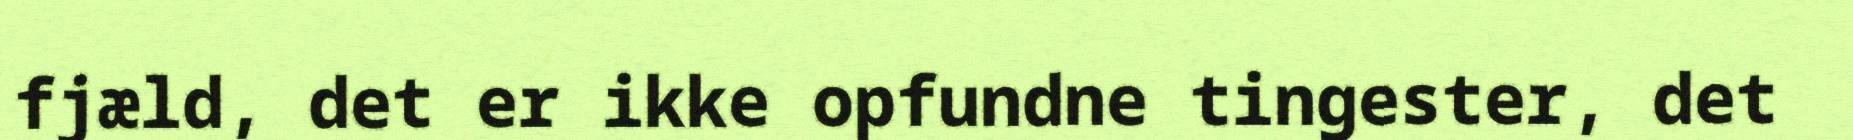
fjæld, det er ikke opfundne tingester, det